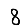
Digit: 8